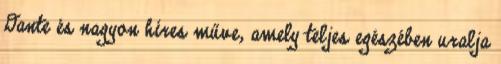
Dante és nagyon híres műve, amely teljes egészében uralja